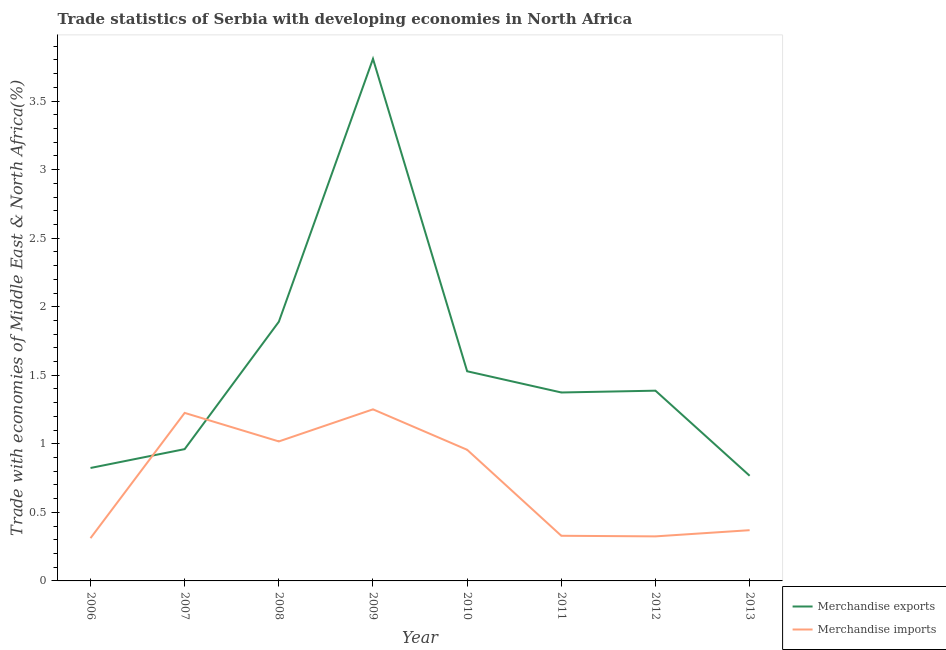
| Year | Merchandise exports | Merchandise imports |
 | --- | --- | --- |
 | 2006 | 0.824 | 0.312 |
 | 2007 | 0.961 | 1.23 |
 | 2008 | 1.89 | 1.02 |
 | 2009 | 3.81 | 1.25 |
 | 2010 | 1.53 | 0.957 |
 | 2011 | 1.37 | 0.329 |
 | 2012 | 1.39 | 0.325 |
 | 2013 | 0.767 | 0.37 |